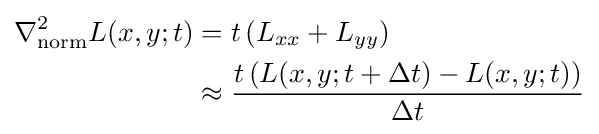
{\begin{aligned}\nabla _{\mathrm {norm} }^{2}L(x,y;t)&=t\,(L_{xx}+L_{yy})\\&\approx {\frac {t\left(L(x,y;t+\Delta t)-L(x,y;t)\right)}{\Delta t}}\end{aligned}}